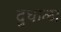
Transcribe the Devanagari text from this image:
दुधाळा